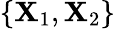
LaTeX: \{ \mathbf{X}_{1},\mathbf{X}_{2}\}